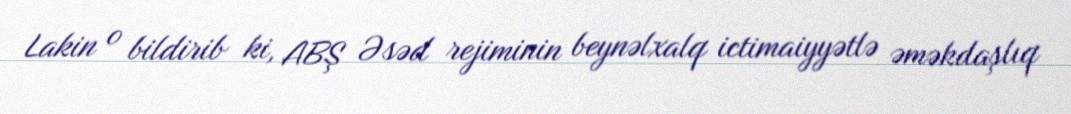
Lakin o bildirib ki, ABŞ Əsəd rejiminin beynəlxalq ictimaiyyətlə əməkdaşlıq